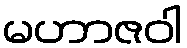
မဟာဇဝါ